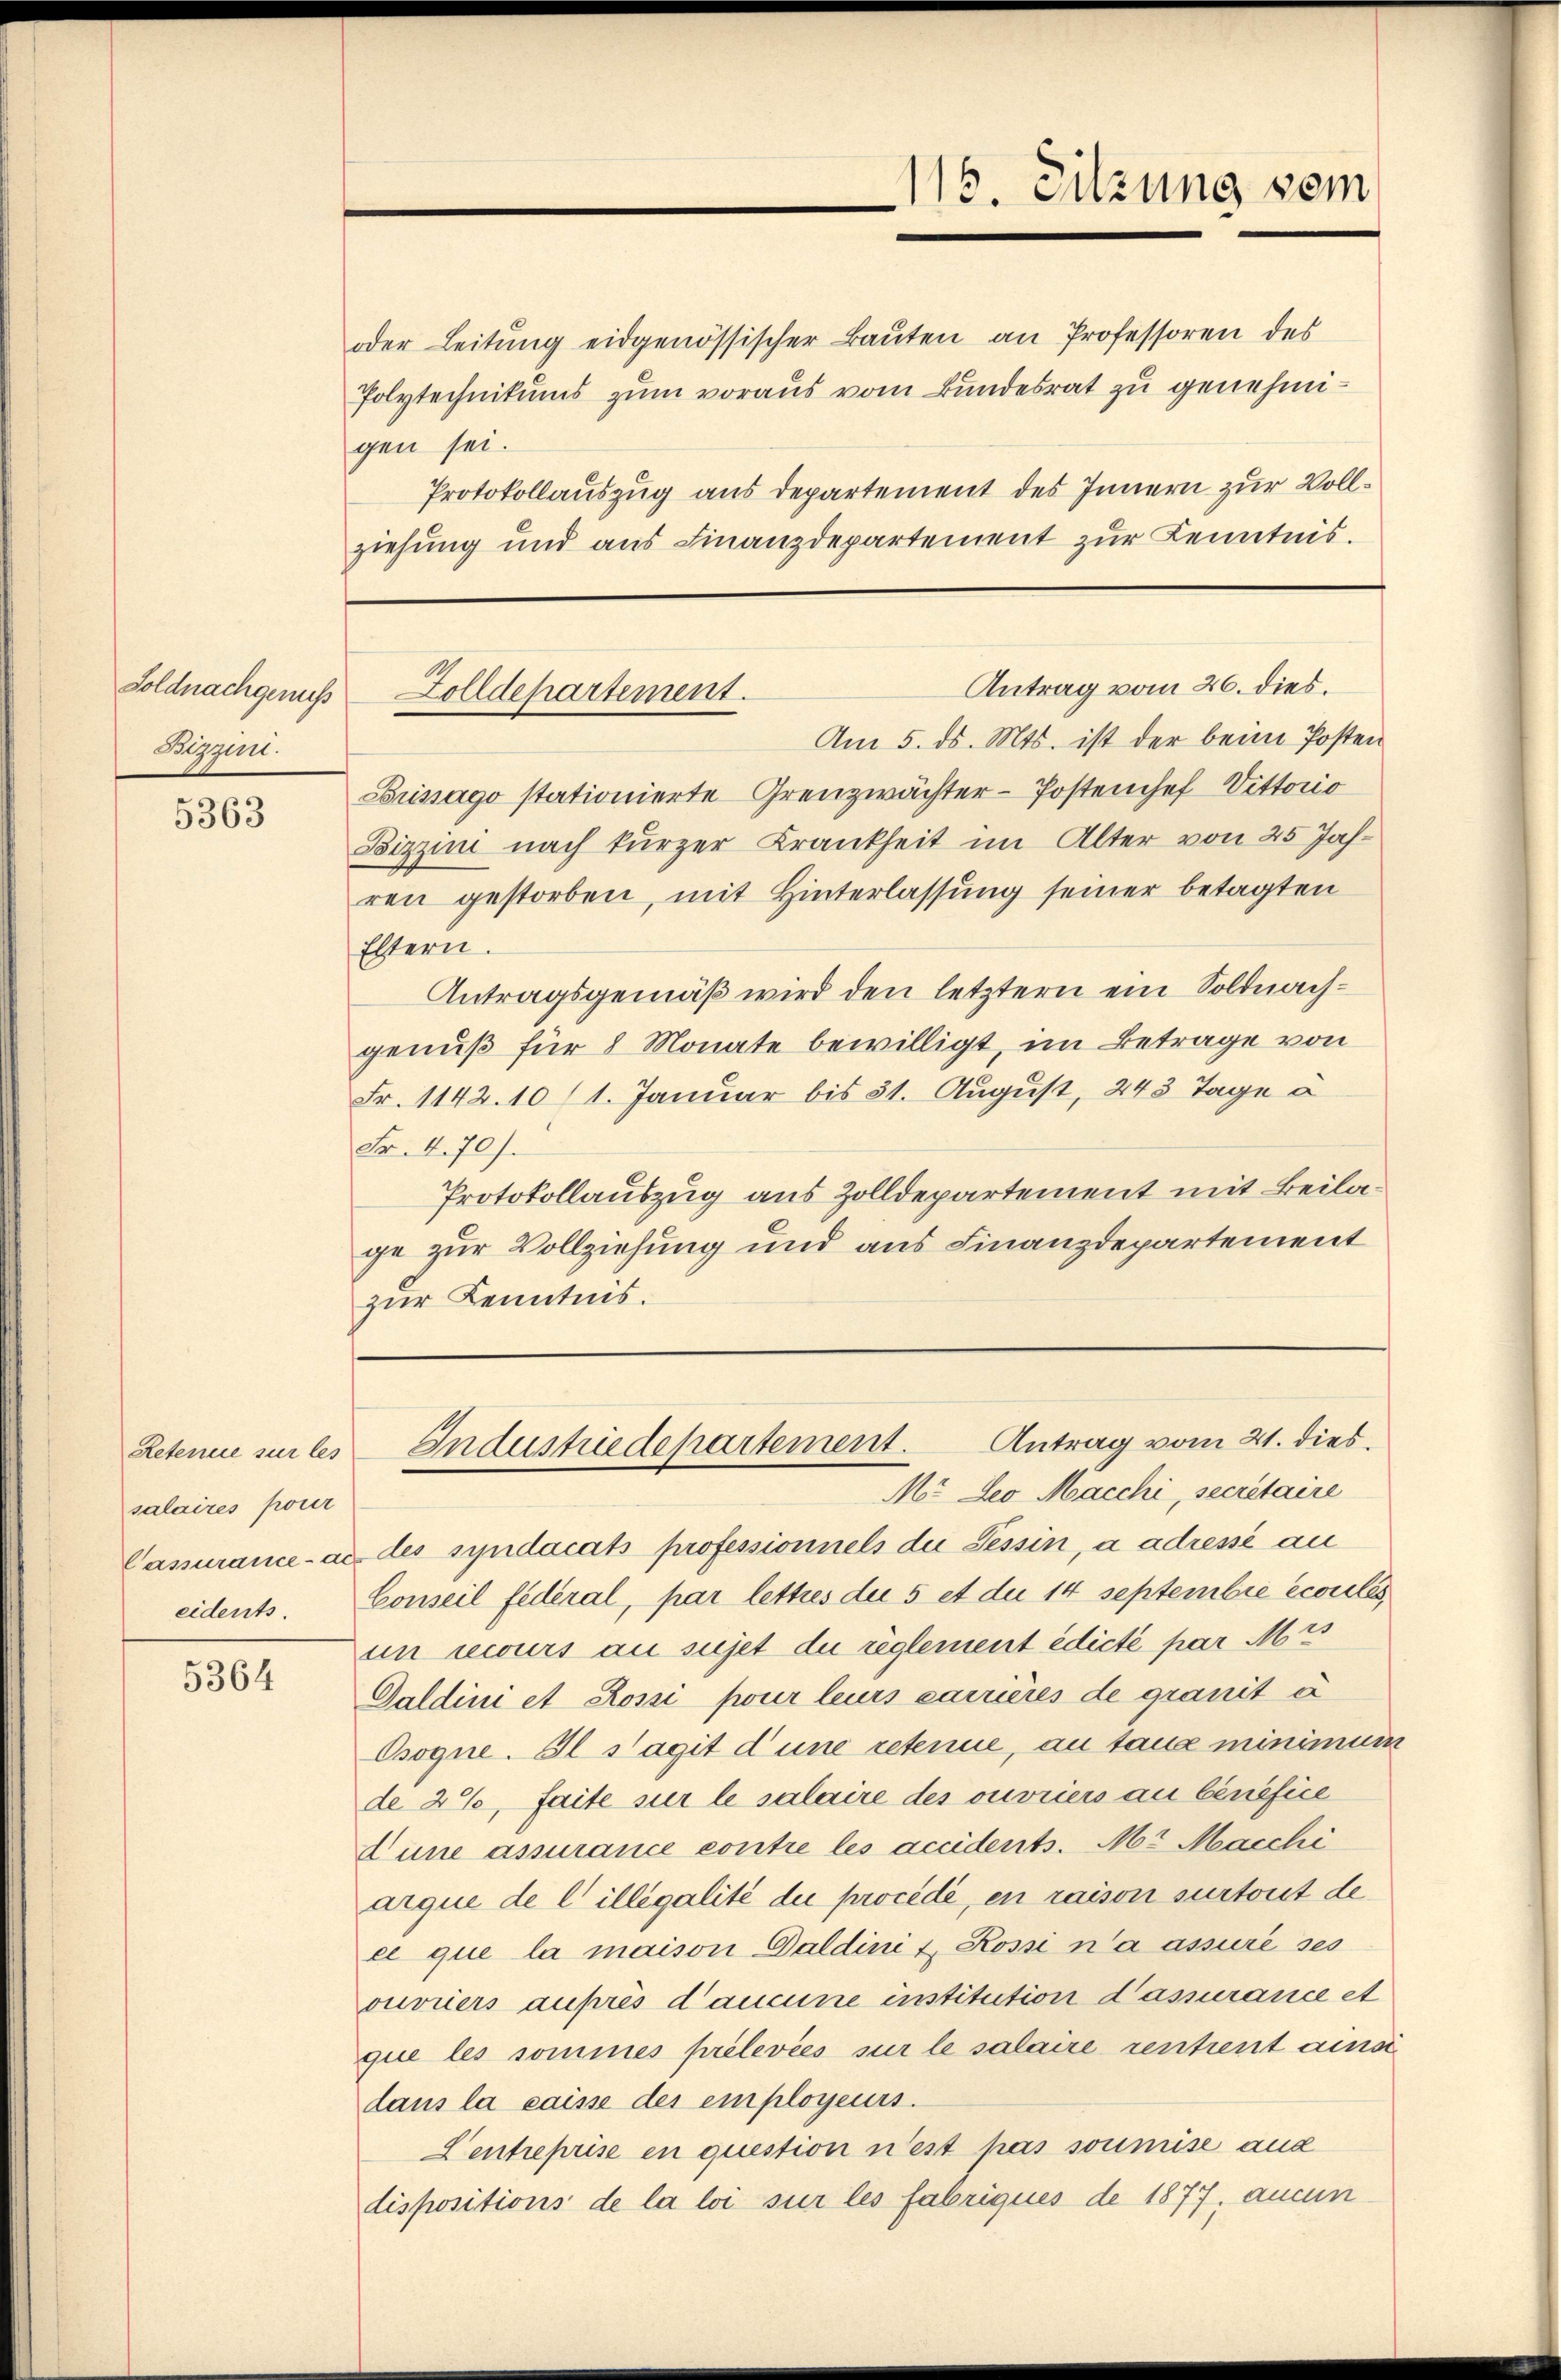
Soldnachgenuß
Bizzent.

5363

Retenue sur les
salaires pour
eidents.

5364

oder Leitung eidgenössischer Bauten an Professoren des
Polytechnikums zum voraus vom Bundesrat zu genehmigen sei.
Protokollauszug aus Departement des Innern zur Vollziehung und aus Finanzdepartement zur Kenntnis.

115. Sitzung vom

Antrag vom 26. dies.
Zolldepartement.

Am 5. ds. Mts. ist der beim Posten
Brisago stationierte Grenzwächter-Postenchef Vittorio
Bizzini nach kurzer Krankheit im Alter von 25 Jahren gestorben, mit Hinterlassung seiner betagten
Eltern.
Antragsgemäß wird den letztern ein Soldnachgenuß für 8 Monate bewilligt, im Betrage von
Fr. 1142. 10 (1. Januar bis 31. August, 243 Tage à
Fr. 4. 70).
Protokollauszug aus Zolldepartement mit Beilage zur Vollziehung und aus Finanzdepartement
zur Kenntnis.

Antrag vom 21. dies.
Industriedepartement.
Mr. Leo Macchi, secretaire

Cassurance an des syndacats professionnels die Tessin, à adressé au
Conseil fédéral, par lettres die 5 et die 14 septembre écoules
un recurs au sujet du reglement edicte par Mis
Daldini et Rossi pour leurs carrières de granit à
Osogne. Il s’agit d’une retene, an taus minimum
de 2%, faite sur le salaire des ouvriers au bénéfice
Lune assurance contre les accidents. Mr. Macchi
arque de l' illegalité du procédé, en raison surtort de
el que la maison Daldini u. Rossi n’a assuré ses
ouvriers auprès d’aucune institution d’assurance et
que les sommes prélevées sur le salaire rentrent ainsi
dans la caisse des employeurs.
Centreprise en question n’est pas soumise aus
dispositions de la loi sur les fabriques de 1877, aucun